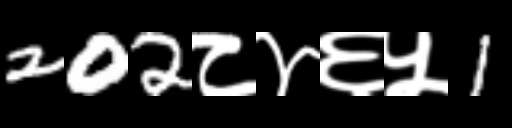
Text: 202८४६५1